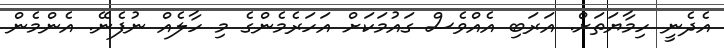
އެދެނީ ހިމާޔަތަށް. އަރަބި އެއްވެސް ގައުމަކަށް އަހަރެމެންގެ މި ހާލެއް ނުފެނޭ. އެންމެން